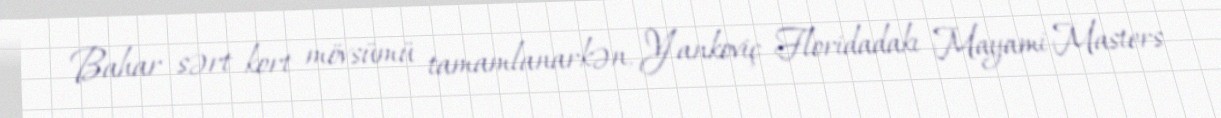
Bahar sərt kort mövsümü tamamlanarkən, Yankoviç Floridadakı Mayami Masters